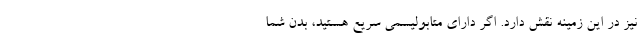
نیز در این زمینه نقش دارد. اگر دارای متابولیسمی سریع هستید، بدن شما